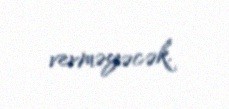
verməyəcək.